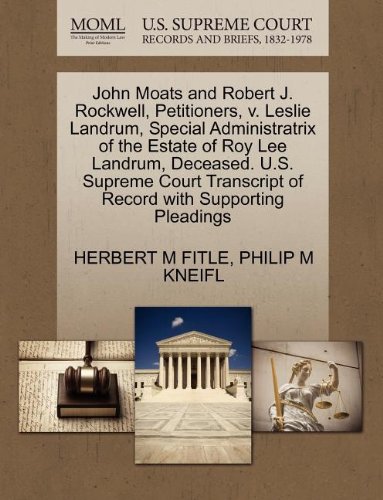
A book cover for John Moats and Robert J. Rockwell, Petitioners, v. Leslie Landrum, Special Administratrix of the Estate of Roy Lee Landrum, Deceased. U.S. Supreme Court Transcript of Record with Supporting Pleadings; HERBERT M FITLE; Law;